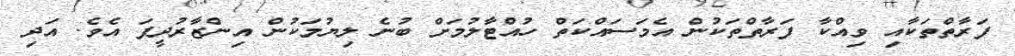
ފަރާތްތަކާއި ވިއްކާ ފަރާތްތަކުން އެމަސައްކަތް ހުއްޓާލުމަށް ބުނެ ލިޔުމަކުން އިންޒާރުދީފަ އެވެ. އަދި